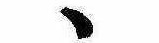
ゝ